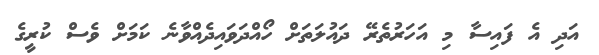
އަދި އެ ފައިސާ މި އަހަރުތެރޭ ދައުލަތަށް ހޯއްދަވައިދެއްވާނެ ކަމަށް ވެސް ކުރީގެ